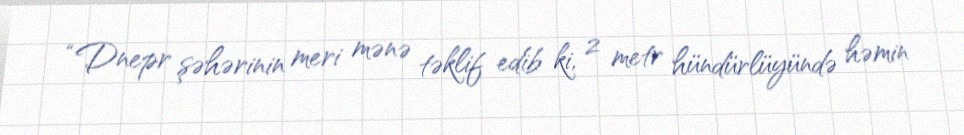
“Dnepr şəhərinin meri mənə təklif edib ki, 2 metr hündürlüyündə həmin